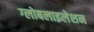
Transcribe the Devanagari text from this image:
ग्‍लोबलाइलेशन